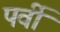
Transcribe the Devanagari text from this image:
पर्वी